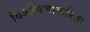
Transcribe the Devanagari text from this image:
विश्लेषणाकरिता